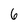
Character: 6